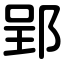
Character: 郢